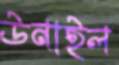
উনাইল